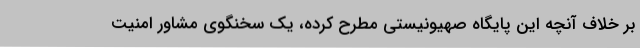
بر خلاف آنچه این پایگاه صهیونیستی مطرح کرده، یک سخنگوی مشاور امنیت